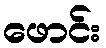
ဖောင်း